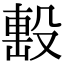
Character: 毄